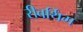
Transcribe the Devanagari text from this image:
रीबर्थिंग